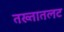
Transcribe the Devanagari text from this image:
तख्तातलट